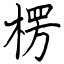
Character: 楞